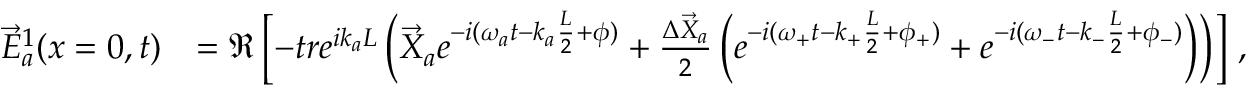
\begin{array} { r l } { \vec { E } _ { a } ^ { 1 } ( x = 0 , t ) } & { = \Re \left[ - t r e ^ { i k _ { a } L } \left( \vec { X } _ { a } e ^ { - i ( \omega _ { a } t - k _ { a } \frac { L } { 2 } + \phi ) } + \frac { \Delta \vec { X } _ { a } } { 2 } \left( e ^ { - i ( \omega _ { + } t - k _ { + } \frac { L } { 2 } + \phi _ { + } ) } + e ^ { - i ( \omega _ { - } t - k _ { - } \frac { L } { 2 } + \phi _ { - } ) } \right) \right) \right] \, , } \end{array}